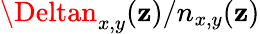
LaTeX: \Deltan_{x,y}(\mathbf{z})/n_{x,y}(\mathbf{z})